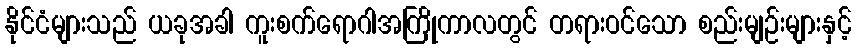
နိုင်ငံများသည် ယခုအခါ ကူးစက်ရောဂါအကြိုကာလတွင် တရားဝင်သော စည်းမျဉ်းများနှင့်